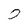
Character: O